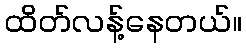
ထိတ်လန့်နေတယ်။